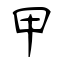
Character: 甲